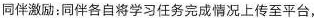
同伴激励：同伴各自将学习任务完成情况上传至平台，